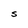
Character: S